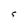
Character: S